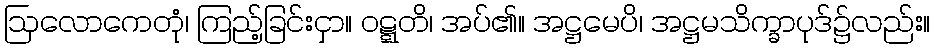
ဩလောကေတုံ၊ ကြည့်ခြင်းငှာ။ ဝဋ္ဋတိ၊ အပ်၏။ အဋ္ဌမေပိ၊ အဋ္ဌမသိက္ခာပုဒ်၌လည်း။